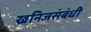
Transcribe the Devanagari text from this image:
खनिजसंबंधी